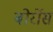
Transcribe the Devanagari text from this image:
बोर्रोस